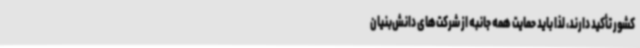
کشور تأکید دارند، لذا باید حمایت همه جانبه از شرکت‌های دانش‌بنیان